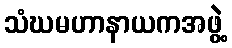
သံဃမဟာနာယကအဖွဲ့